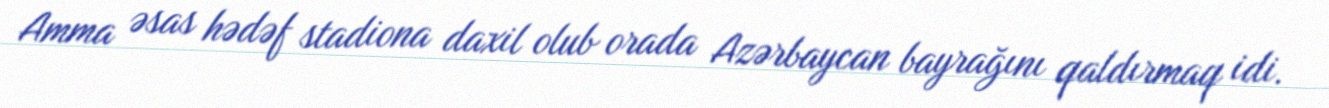
Amma əsas hədəf stadiona daxil olub orada Azərbaycan bayrağını qaldırmaq idi.